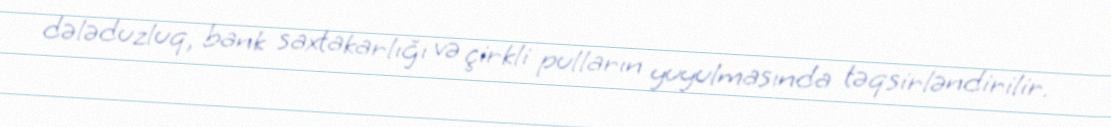
dələduzluq, bank saxtakarlığı və çirkli pulların yuyulmasında təqsirləndirilir.